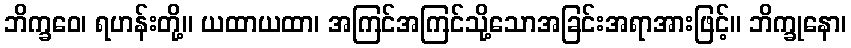
ဘိက္ခဝေ၊ ရဟန်းတို့။ ယထာယထာ၊ အကြင်အကြင်သို့သောအခြင်းအရာအားဖြင့်။ ဘိက္ခုနော၊